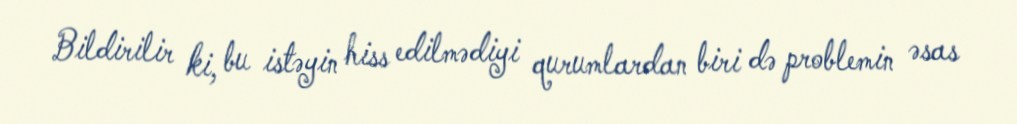
Bildirilir ki, bu istəyin hiss edilmədiyi qurumlardan biri də problemin əsas